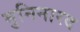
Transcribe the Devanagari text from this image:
मुनिनारद